Problem: 3 × 5 = ?
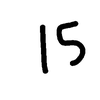
Handwritten answer: 15